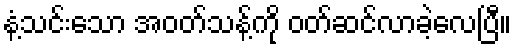
နံ့သင်းသော အဝတ်သန့်ကို ဝတ်ဆင်လာခဲ့လေပြီ။